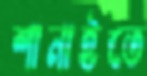
শানাইতে